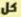
كل